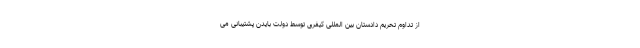
از تداوم تحریم دادستان بین المللی کیفری توسط دولت بایدن پشتیبانی می